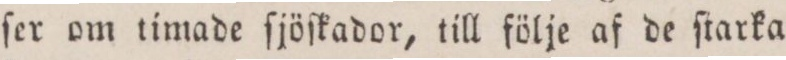
ſer om timade ſjöſkador, till följe af de ſtarka